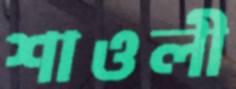
শাওলী